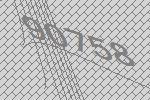
90758